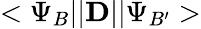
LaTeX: <\Psi_{B}\lvert\lvert{\mathbf D}\rvert\rvert\Psi_{B^{\prime}}>